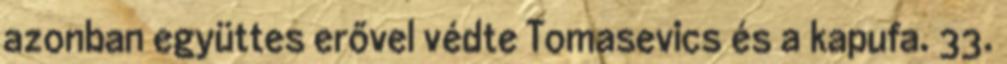
azonban együttes erővel védte Tomasevics és a kapufa. 33.